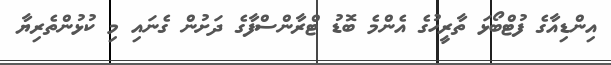
އިންޑިއާގެ ފުޓްބޯޅަ ތާރީހުގެ އެންމެ ބޮޑު ޓްރާންސްފާގެ ދަށުން ގެނައި މި ކުޅުންތެރިޔާ